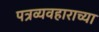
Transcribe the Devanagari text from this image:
पत्रव्यवहाराच्या